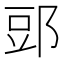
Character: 郖